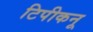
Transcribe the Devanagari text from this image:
टिपीकनू